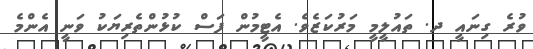
ވުރެ ގިނައީ ދ. ތައުލީމީ މަރުކަޒެވެ. އެޓީމުން ފަސް ކުޅުންތެރިޔަކު ވަނީ އެންމެ